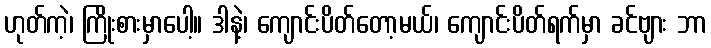
ဟုတ်ကဲ့၊ ကြိုးစားမှာပေါ့။ ဒါနဲ့၊ ကျောင်းပိတ်တော့မယ်၊ ကျောင်းပိတ်ရက်မှာ ခင်ဗျား ဘာ